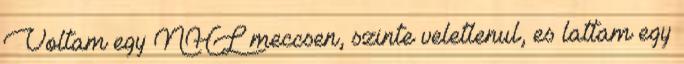
Voltam egy NHL meccsen, szinte veletlenul, es lattam egy